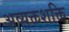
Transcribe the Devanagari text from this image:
अव्यक्तशक्ति